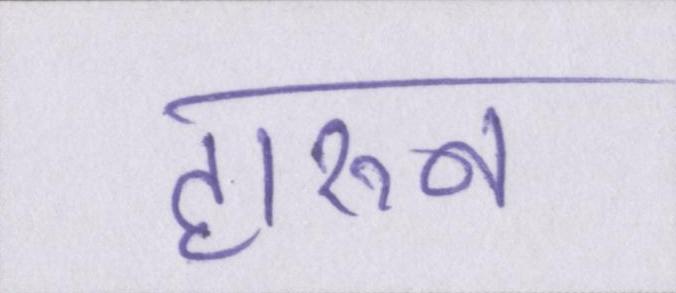
हारुन